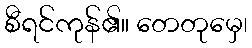
စီရင်ကုန်၏။ တေတုမှေ၊